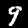
Digit: 9